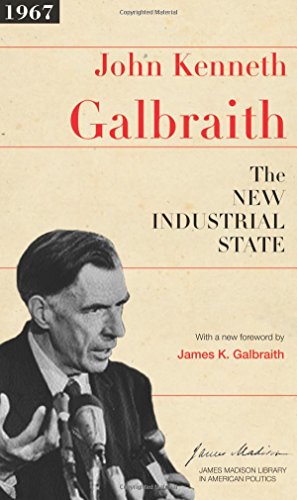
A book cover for The New Industrial State (The James Madison Library in American Politics); John Kenneth Galbraith; Business & Money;